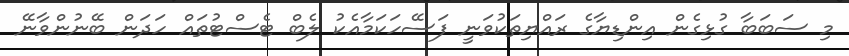
މި ސަބަބާ ގުޅިގެން އިންޑިޔާގެ ރައްޔިތަކުވަނީ ފަސޭހަކަމާއެކު ލެބް ޓެސްޓުތައް ހަދަން ބޭނުންވާނޭ